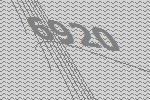
6920